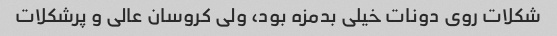
شکلات روی دونات خیلی بدمزه بود، ولی کروسان عالی و پرشکلات